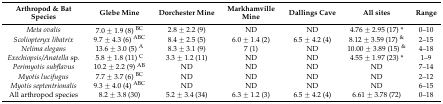
<table><thead><tr><td><b>Arthropod &amp; Bat Species</b></td><td><b>Glebe Mine</b></td><td><b>Dorchester Mine</b></td><td><b>Markhamville Mine</b></td><td><b>Dallings Cave</b></td><td><b>All sites</b></td><td><b>Range</b></td></tr></thead><tbody><tr><td><i>Meta ovalis</i></td><td>7.0 ± 1.9 (8) <sup>BC</sup></td><td>2.8 ± 2.2 (9)</td><td>ND</td><td>ND</td><td>4.76 ± 2.95 (17) *</td><td>0–10</td></tr><tr><td><i>Scoliopteryx libatrix</i></td><td>9.7 ± 4.3 (6) <sup>ABC</sup></td><td>8.4 ± 2.5 (5)</td><td>6.0 ± 1.4 (2)</td><td>6.5 ± 4.2 (4)</td><td>8.12 ± 3.59 (17) <sup>&amp;</sup></td><td>2–15</td></tr><tr><td><i>Nelima elegans</i></td><td>13.6 ± 3.0 (5) <sup>A</sup></td><td>8.3 ± 3.1 (9)</td><td>7 (1)</td><td>ND</td><td>10.00 ± 3.89 (15) <sup>&amp;</sup></td><td>4–18</td></tr><tr><td><i>Exechiopsis/Anatella</i> sp.</td><td>5.8 ± 1.8 (11) <sup>C</sup></td><td>3.3 ± 1.2 (11)</td><td>ND</td><td>ND</td><td>4.55 ± 1.97 (23) *</td><td>1–9</td></tr><tr><td><i>Perimyotis subflavus</i></td><td>10.2 ± 2.2 (9) <sup>AB</sup></td><td>ND</td><td>ND</td><td>ND</td><td>ND</td><td>7–14</td></tr><tr><td><i>Myotis lucifugus</i></td><td>7.7 ± 3.7 (6) <sup>BC</sup></td><td>ND</td><td>ND</td><td>ND</td><td>ND</td><td>2–12</td></tr><tr><td><i>Myotis septentrionalis</i></td><td>9.3 ± 4.0 (4) <sup>ABC</sup></td><td>ND</td><td>ND</td><td>ND</td><td>ND</td><td>6–15</td></tr><tr><td>All arthropod species</td><td>8.2 ± 3.8 (30)</td><td>5.2 ± 3.4 (34)</td><td>6.3 ± 1.2 (3)</td><td>6.5 ± 4.2 (4)</td><td>6.61 ± 3.78 (72)</td><td>0–18</td></tr></tbody></table>